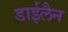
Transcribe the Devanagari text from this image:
डाईलैन